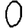
Digit: 0